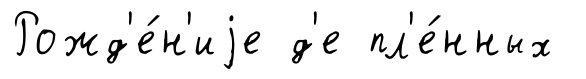
Рожд'е́н'иjе д'е пл'е́нных